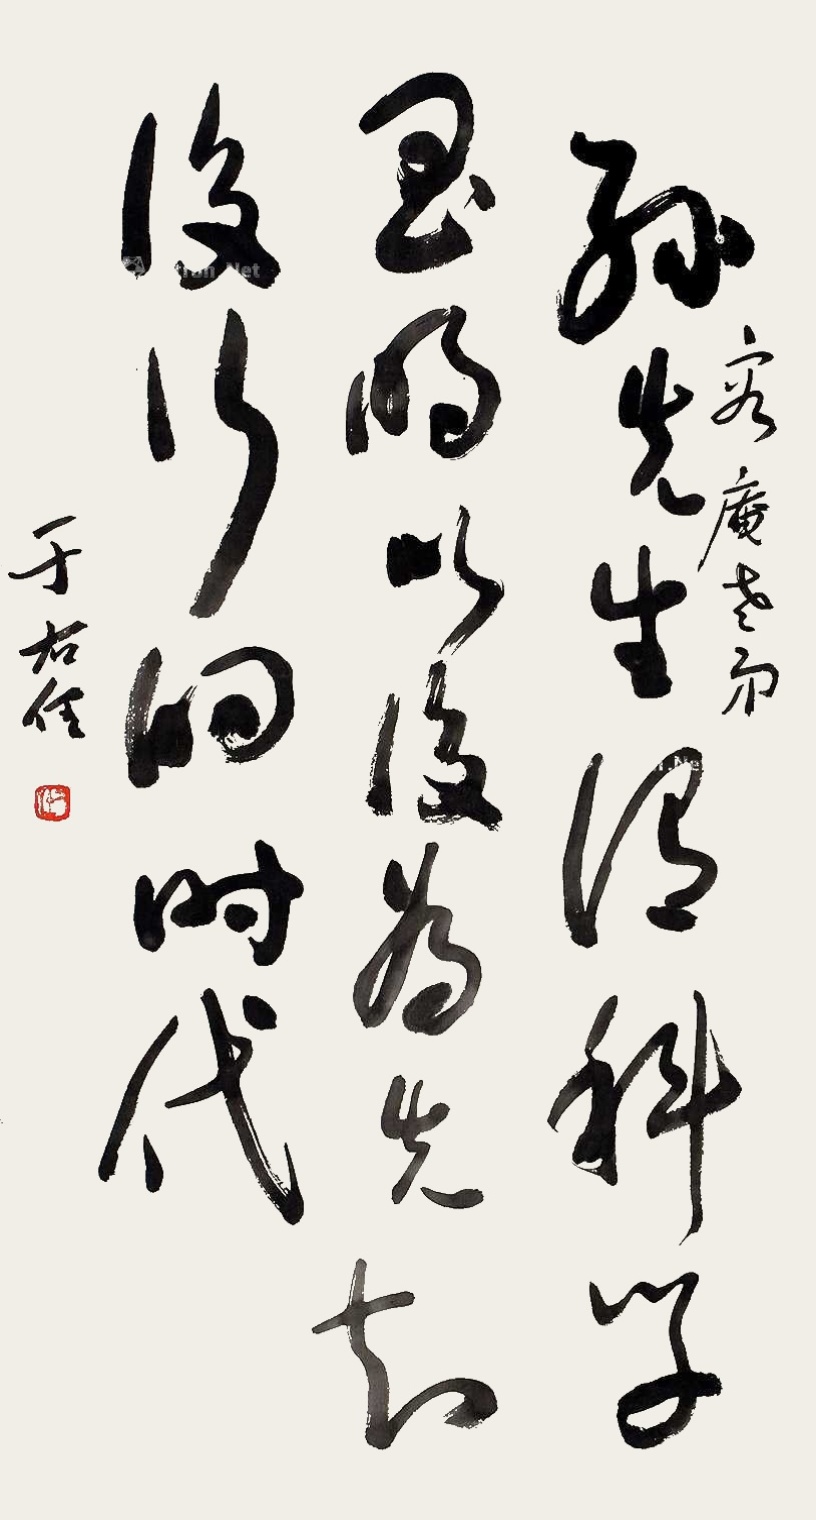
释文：孙先生谓，科学昌明以后为先知后行的时代。容庵老弟，于右任。